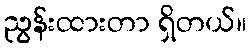
ညွန်းထားတာ ရှိတယ်။